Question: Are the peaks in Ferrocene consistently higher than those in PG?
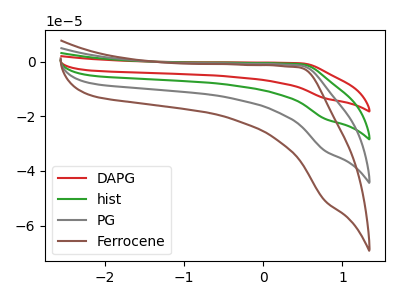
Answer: <think>The red curve "DAPG" has no peaks. The green curve "hist" has no peaks. The gray curve "PG" has no peaks. The brown curve "Ferrocene" has no peaks.</think>
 <answer>Niether CV has any peaks.</answer>
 <eval>blanks</eval>